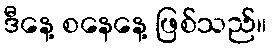
ဒီနေ့ စနေနေ့ ဖြစ်သည်။